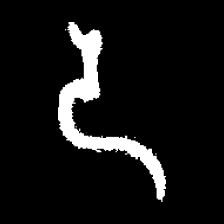
Pyu character \u2014 Myanmar letter: ဒ (romanized: da)